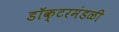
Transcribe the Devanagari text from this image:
डॉक्टरमंडळी